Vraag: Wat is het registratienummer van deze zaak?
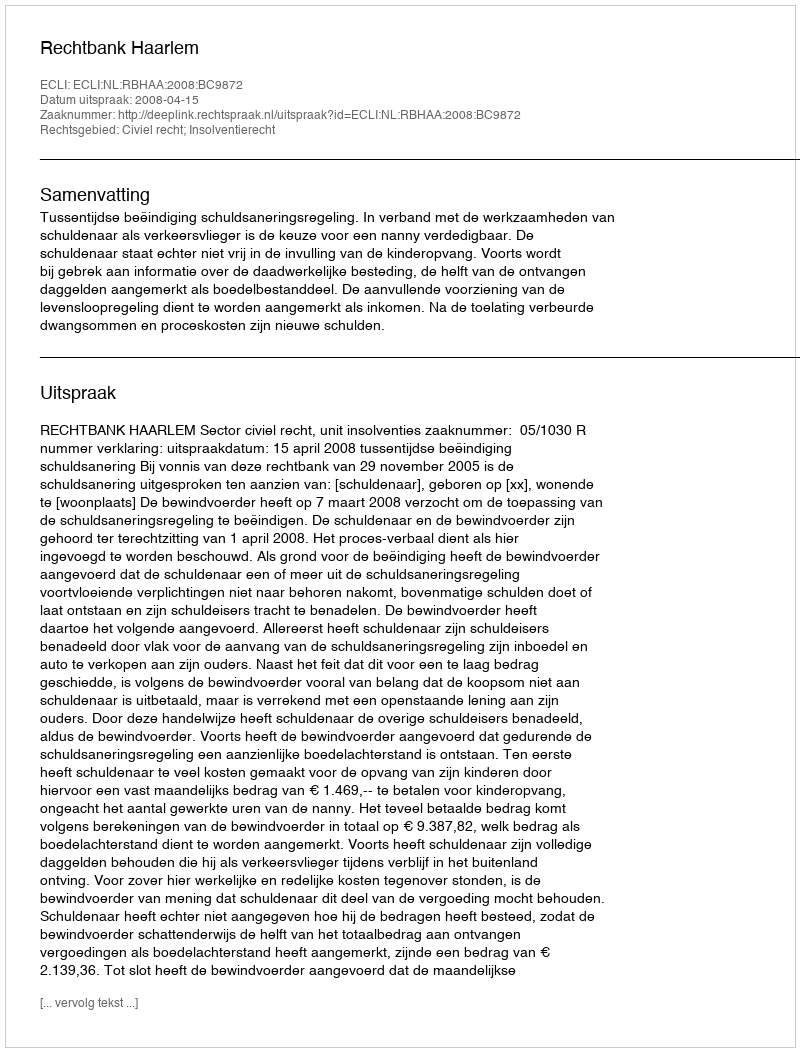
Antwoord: http://deeplink.rechtspraak.nl/uitspraak?id=ECLI:NL:RBHAA:2008:BC9872